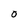
Character: 0